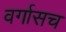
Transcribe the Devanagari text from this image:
वर्गासच